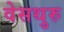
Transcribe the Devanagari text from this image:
वेसथुरु